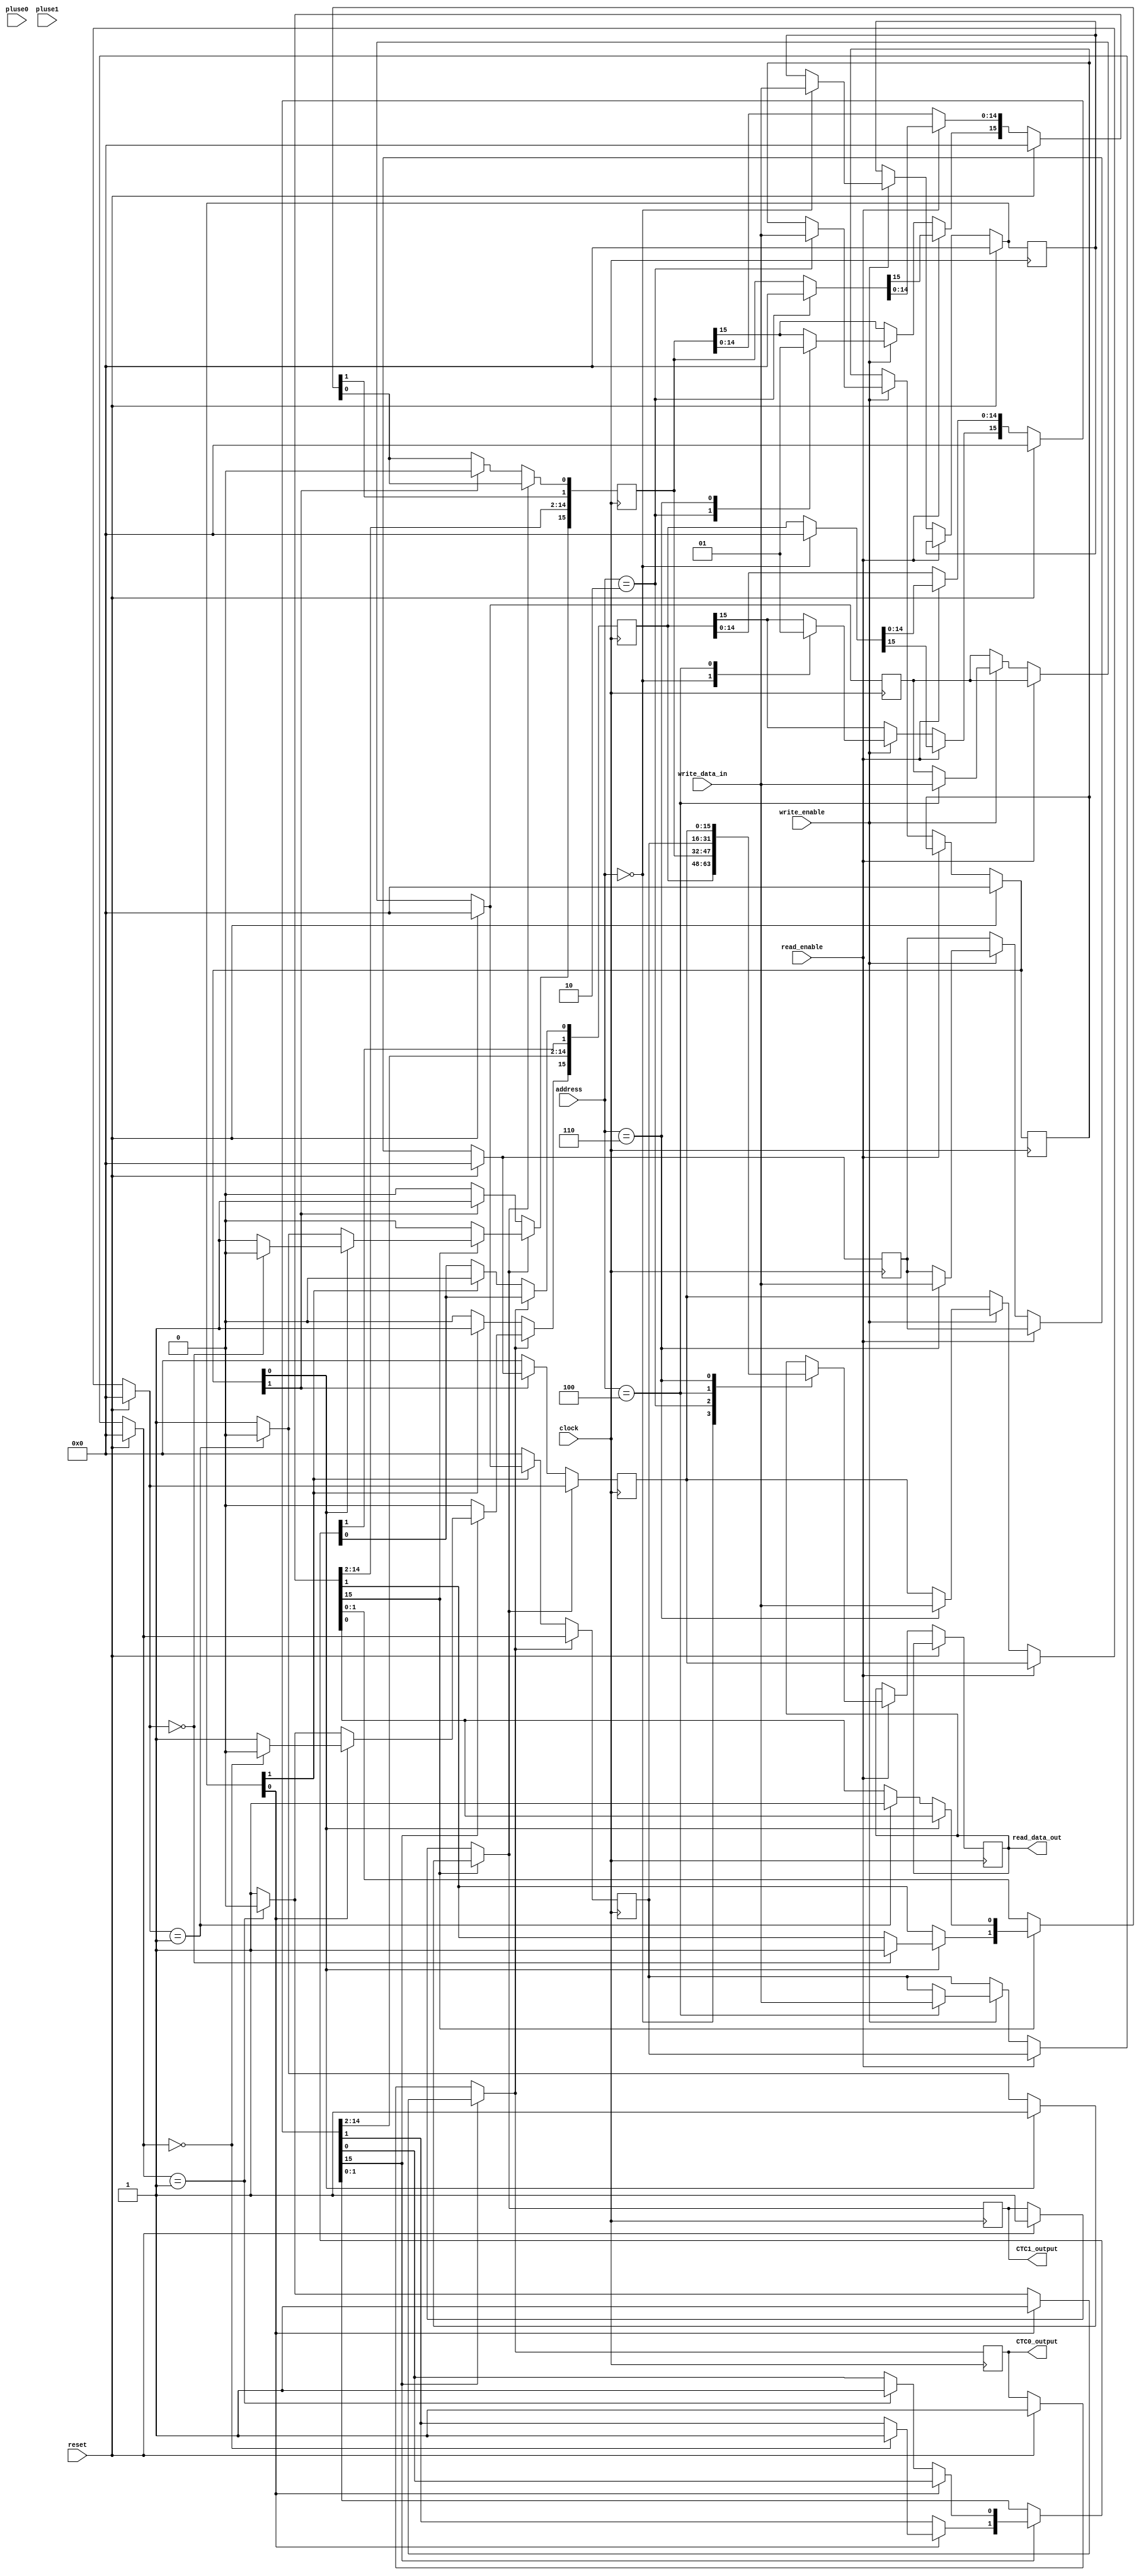
`timescale 1ns / 1ps
//////////////////////////////////////////////////////////////////////////////////
// Company: 
// Engineer: 
// 
// Design Name: 
// Module Name: timer
// Project Name: 
// Target Devices: 
// Tool Versions: 
// Description: 
// 
// Dependencies: 
// 
// Revision:
// Revision 0.01 - File Created
// Additional Comments:
// 
//////////////////////////////////////////////////////////////////////////////////


module timer(
    input clock,
    input reset,
    input pluse0,
    input pluse1,
    input read_enable,              // 
    input write_enable,             // 
    input [2:0] address,            // 0/24/6
    input[15:0] write_data_in,      // CTC
    output reg[15:0] read_data_out,// CTCCPU
    output reg CTC0_output,        // 
    output reg CTC1_output
    );
    reg [15:0] CNT0,CNT1;           // ()0XFFFFFC24, 0XFFFFFC26
    reg [15:0] init0,init1;         // ()0XFFFFFC24, 0XFFFFFC26
    reg [15:0] mode0,mode1;         // ()0XFFFFFC20, 0XFFFFFC22
    reg [15:0] status0,status1;     // ()0XFFFFFC20, 0XFFFFFC22

    always @(posedge clock) begin
        if(reset == 1) begin
            CTC0_output = 1'b1;
            CTC1_output = 1'b1;
            init0 = 16'h0000;
            init1 = 16'h0000;
            CNT0 = init0;
            CNT1 = init1;
            mode0 = 16'h0000;
            mode1 = 16'h0000;
            status0 = 16'h0000;
            status1 = 16'h0000;
        end else if(read_enable == 1)begin
            case(address) // 
                3'b000: begin
                    read_data_out = status0;
                    status0 = 16'h0000;
                end
                3'b010: begin
                    read_data_out = status1;
                    status1 = 16'h0000; // 
                end
                3'b100:read_data_out = CNT0;
                3'b110:read_data_out = CNT1;
            endcase
        end else if(write_enable==1) begin
            case(address) // 
                3'b000: begin
                    mode0 = write_data_in;
                    status0[15] = 1'b0;// 0
                    end
                3'b010: begin
                    mode1 = write_data_in;
                    status1[15] = 1'b0;
                    end
                3'b100: begin 
                    init0 = write_data_in;
                    CNT0 = init0;
                    status0[15] = 1'b1;// 1
                    end
                3'b110:begin
                    init1 = write_data_in;
                    CNT1 = init1;
                    status1[15] = 1'b1;
                    end
            endcase
        end
        if(status0[15])begin                // /
            CNT0 <= CNT0 - 16'd1;           // -1
            CTC0_output = 1'b1;
            if (mode0[0] == 1'b0) begin     //   
                if (CNT0 == 16'd1) begin   
                    status0[15] = 1'b0;     // 
                    status0[0] = 1'b1;      // 
                    CTC0_output = 1'b0;     // 11COUTCOUT
                end
            end else begin                  // 
                if (CNT0 == 16'd0) begin    
                    status0[15] = 1'b0;     // 
                    status0[1] = 1'b1;      // 
                    //CTC0_output = 1'b0;
                end
            end
        end
        if (CTC0_output == 1'b0) begin
            if (mode0[1] == 1'b1) begin // 
                status0[15] = 1'b1;
                status0[0] = 1'b0; 
                CNT0 = init0;
                // CTC0_output = 1'b1;
            end else begin // 
                status0[15] = 1'b0;
                CNT0 = 16'h0000;
            end
        end
        if(status1[15])begin            // /
            CNT1 <= CNT1 - 16'd1;           // -1
            CTC1_output = 1'b1;
            if (mode1[0] == 1'b0) begin     //   
                if (CNT1 == 16'd1) begin    // 0
                    status1[15] = 1'b0;     // 
                    status1[0] = 1'b1;      // 
                    CTC1_output = 1'b0;     
                end
            end else begin                  // 
                if (CNT1 == 16'd0) begin    // 01
                    status1[15] = 1'b0;     // 
                    status1[1] = 1'b1;      // 
                    //CTC1_output = 1'b0;
                end
            end
        end
        if (CTC1_output == 1'b0) begin
            if (mode1[1] == 1'b1) begin // 
                status1[15] = 1'b1;
                status1[0] = 1'b0; 
                CNT1 = init1;
                // CTC1_output = 1'b1;
        end else begin // 
                status1[15] = 1'b0;
                CNT1 = 16'h0000;
            end
        end
    end

//    always @(posedge clock) begin

//    end
    
//    // 
//    always @(negedge clock) begin

//    end
  
endmodule